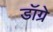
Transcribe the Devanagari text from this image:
डॉग्रे